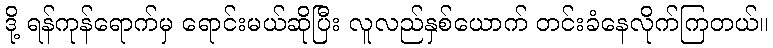
ဒို့ ရန်ကုန်ရောက်မှ ရောင်းမယ်ဆိုပြီး လူလည်နှစ်ယောက် တင်းခံနေလိုက်ကြတယ်။